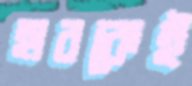
হারকেই